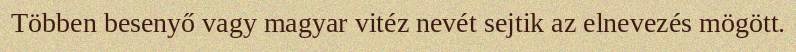
Többen besenyő vagy magyar vitéz nevét sejtik az elnevezés mögött.